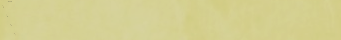
محلات بيع الأحذية الرياضي